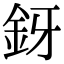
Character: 釾